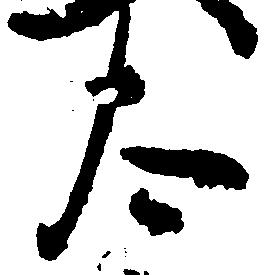
太